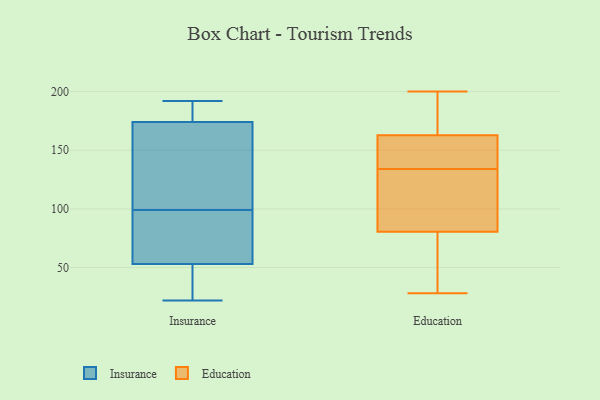
{"axis": {"x": "Demand Index", "y": "Value"}, "legend": ["Education", "Insurance"], "data": [{"x": "", "y": 166, "type": "Insurance"}, {"x": "", "y": 56, "type": "Insurance"}, {"x": "", "y": 174, "type": "Insurance"}, {"x": "", "y": 181, "type": "Insurance"}, {"x": "", "y": 53, "type": "Insurance"}, {"x": "", "y": 84, "type": "Insurance"}, {"x": "", "y": 22, "type": "Insurance"}, {"x": "", "y": 29, "type": "Insurance"}, {"x": "", "y": 165, "type": "Insurance"}, {"x": "", "y": 192, "type": "Insurance"}, {"x": "", "y": 50, "type": "Insurance"}, {"x": "", "y": 83, "type": "Insurance"}, {"x": "", "y": 114, "type": "Insurance"}, {"x": "", "y": 187, "type": "Insurance"}, {"x": "", "y": 186, "type": "Education"}, {"x": "", "y": 134, "type": "Education"}, {"x": "", "y": 143, "type": "Education"}, {"x": "", "y": 199, "type": "Education"}, {"x": "", "y": 73, "type": "Education"}, {"x": "", "y": 28, "type": "Education"}, {"x": "", "y": 136, "type": "Education"}, {"x": "", "y": 87, "type": "Education"}, {"x": "", "y": 41, "type": "Education"}, {"x": "", "y": 152, "type": "Education"}, {"x": "", "y": 98, "type": "Education"}, {"x": "", "y": 41, "type": "Education"}, {"x": "", "y": 200, "type": "Education"}, {"x": "", "y": 83, "type": "Education"}, {"x": "", "y": 84, "type": "Education"}, {"x": "", "y": 190, "type": "Education"}, {"x": "", "y": 155, "type": "Education"}]}